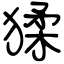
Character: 猱